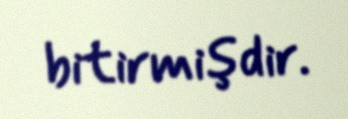
bitirmişdir.